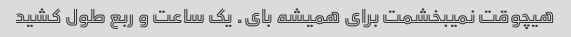
هیچوقت نمیبخشمت برای همیشه بای. یک ساعت و ربع طول کشید